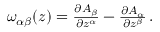
\begin{array} { r } { \omega _ { \alpha \beta } ( z ) = \frac { \partial A _ { \beta } } { \partial z ^ { \alpha } } - \frac { \partial A _ { \alpha } } { \partial z ^ { \beta } } \, . } \end{array}